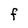
Character: F